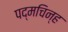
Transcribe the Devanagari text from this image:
पद्मचिन्ह